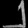
Digit: ၂